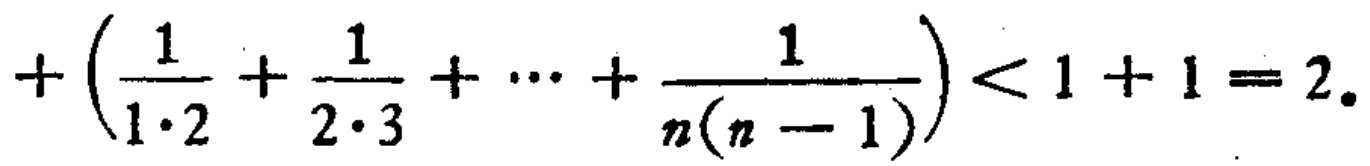
$+\left(\frac{1}{1\cdot2}+\frac{1}{2\cdot3}+\cdots+\frac{1}{n(n - 1)}\right)<1 + 1 = 2.$